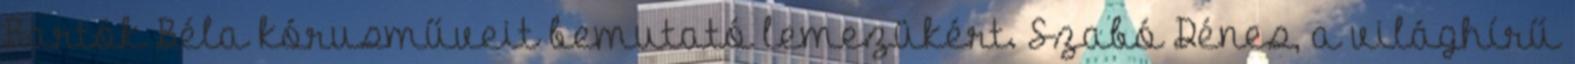
Bartók Béla kórusműveit bemutató lemezükért. Szabó Dénes, a világhírű